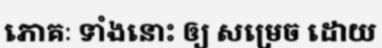
ភោគៈ ទាំងនោះ ឲ្យ សម្រេច ដោយ